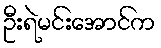
ဦးရဲမင်းအောင်က